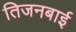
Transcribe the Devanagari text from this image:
तिजनबाई